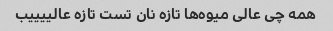
همه چی عالی میوه‌ها تازه نان تست تازه عالییییب